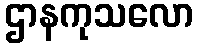
ဌာနကုသလော